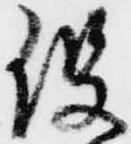
役